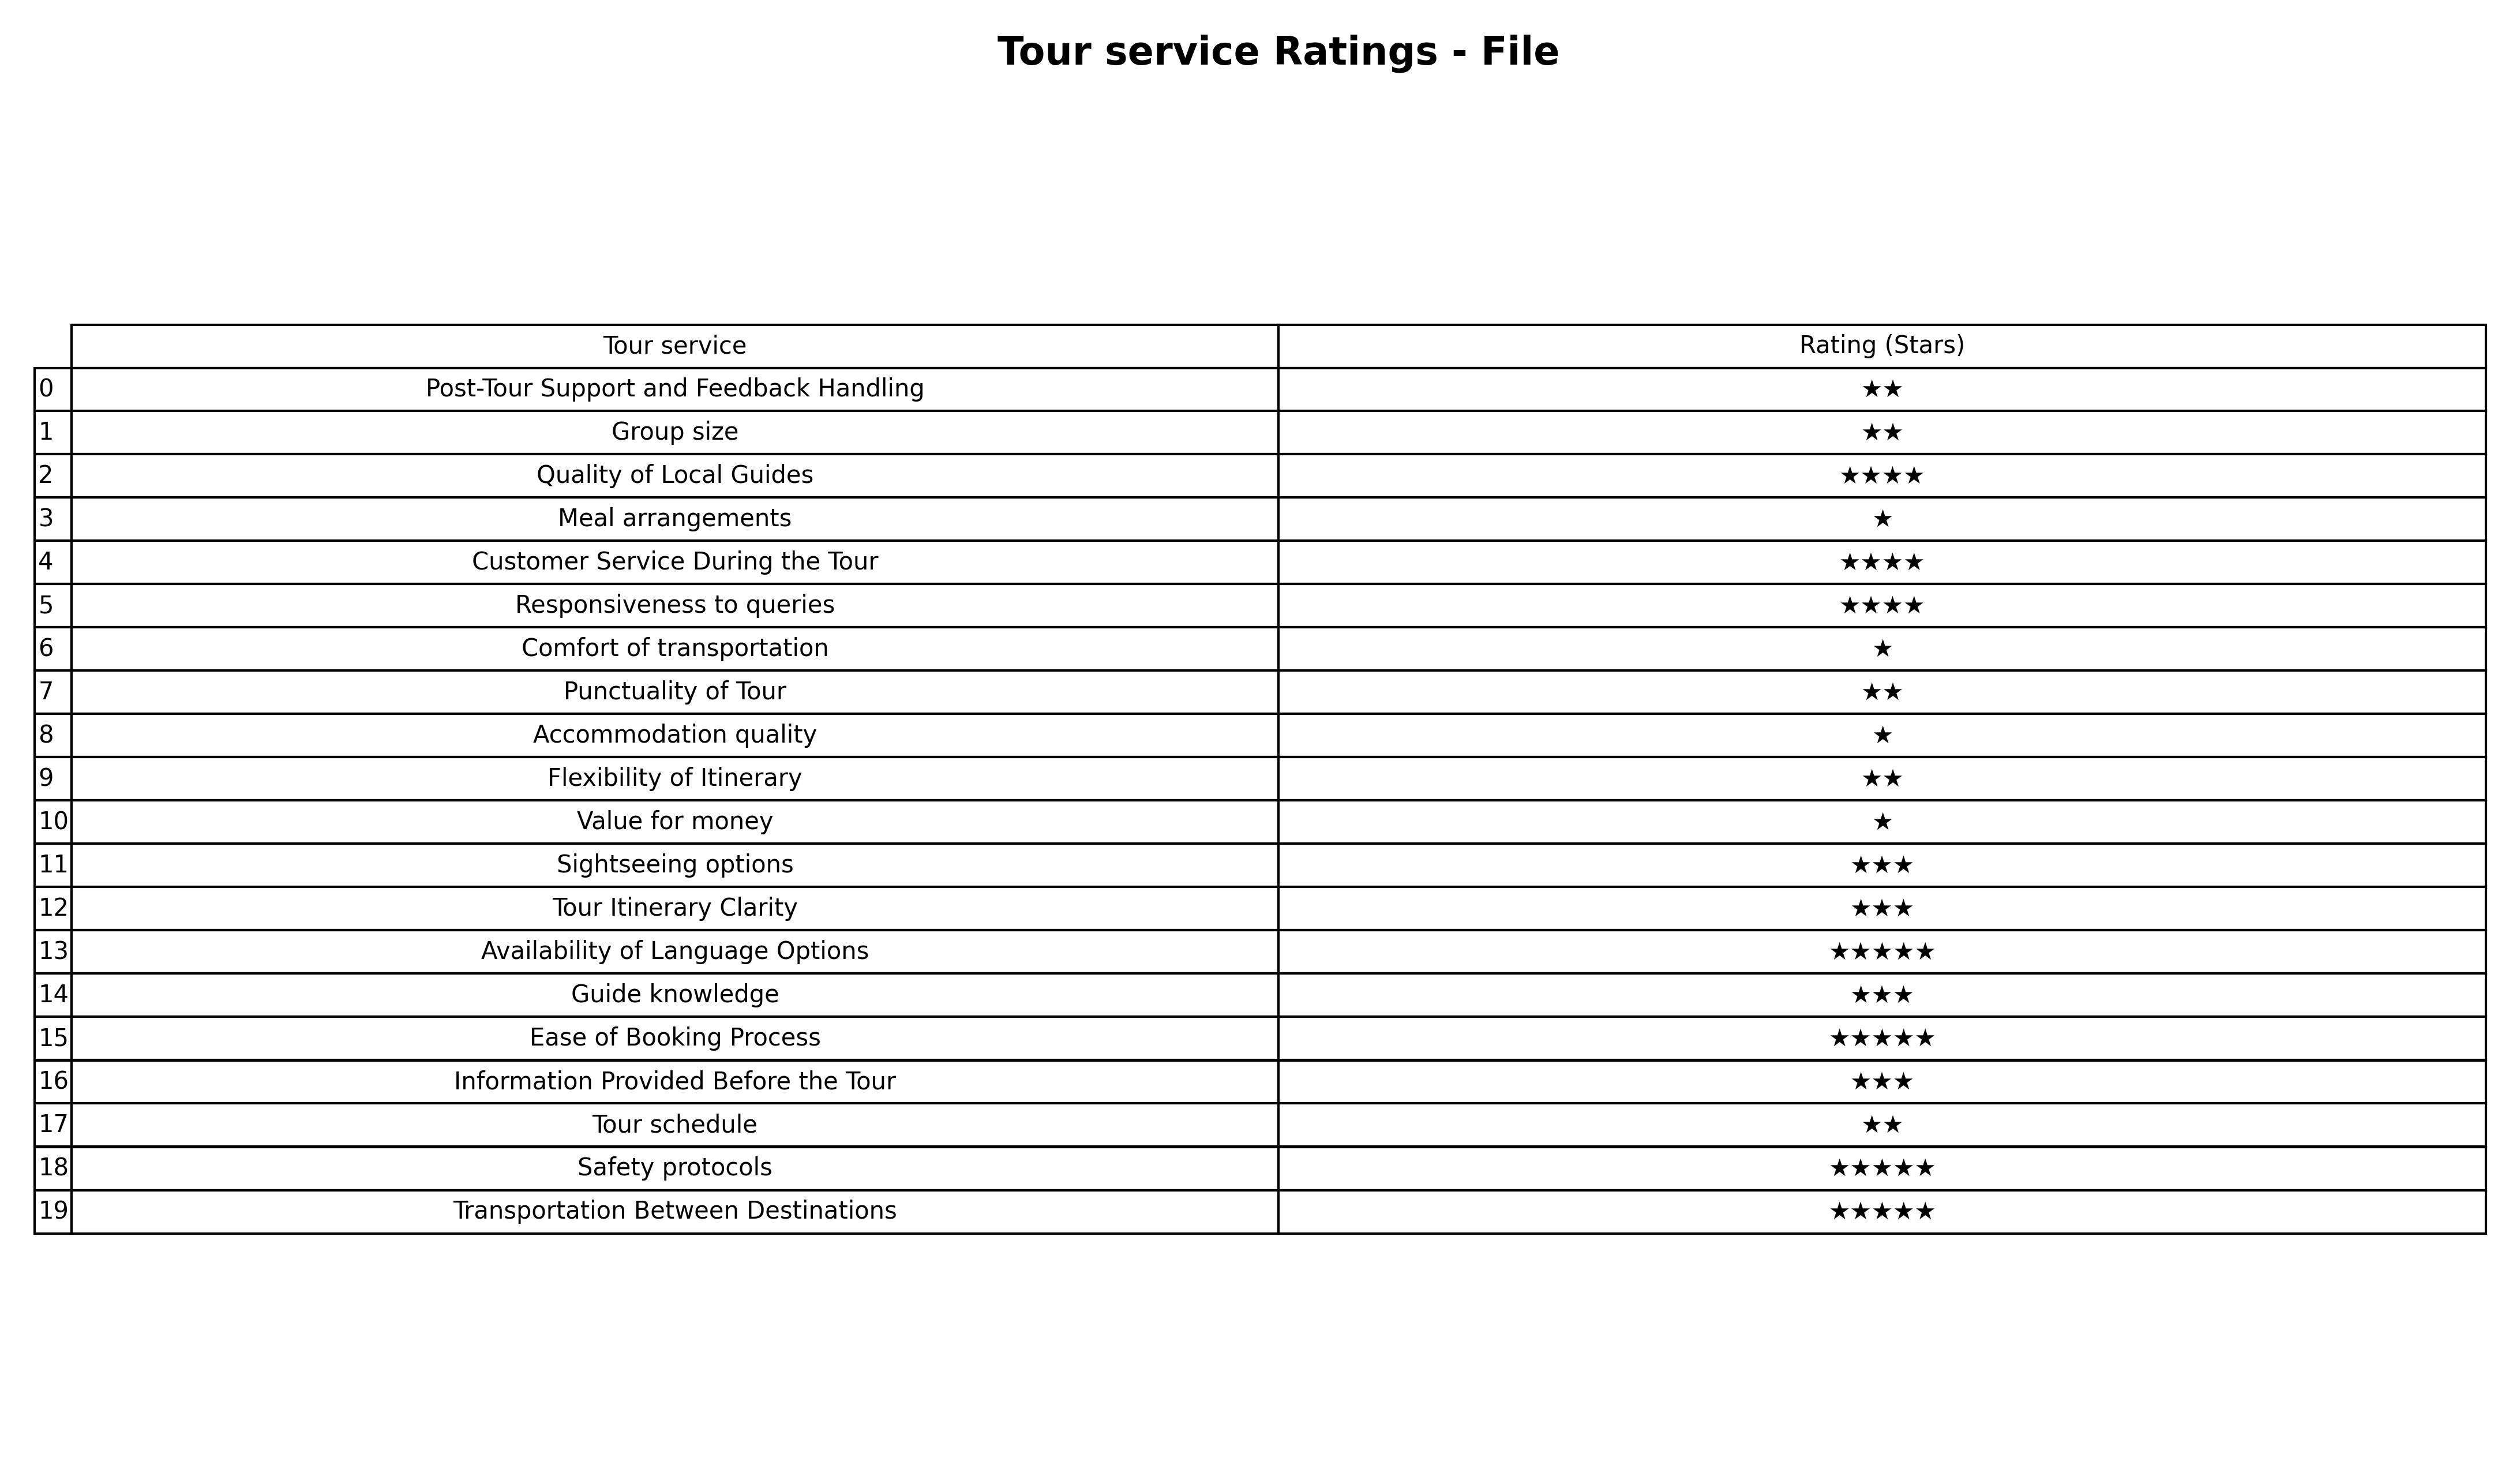
question: What is the rating of Information Provided Before the Tour?
answer: ★★★